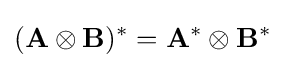
(\mathbf {A} \otimes \mathbf {B} )^{*}=\mathbf {A} ^{*}\otimes \mathbf {B} ^{*}